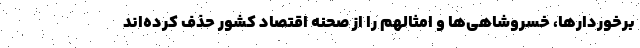
برخوردارها، خسروشاهی‌ها و امثالهم را از صحنه اقتصاد کشور حذف کرده‌اند